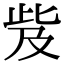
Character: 𣥨